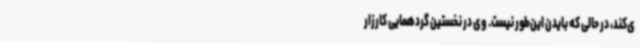
ی‌کند، در حالی که بایدن این‌طور نیست. وی در نخستین گردهمایی کارزار